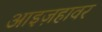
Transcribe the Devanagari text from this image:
आइज़हावर